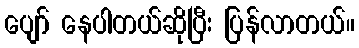
ပျော် နေပါတယ်ဆိုပြီး ပြန်လာတယ်။